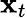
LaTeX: \boldsymbol{\mathbf{x}}_{t}